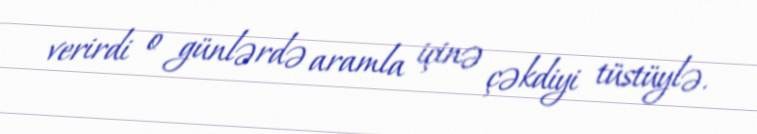
verirdi o günlərdə aramla içinə çəkdiyi tüstüylə.